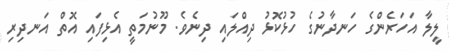
ލީލާ އަހަރެންގެ ހަނދާނުގެ ހުޅުކޮޅު ދިއްލައި ދިނެވެ. މޫނުމަތީ އެޅިފައި އޮތް އަނދިރި